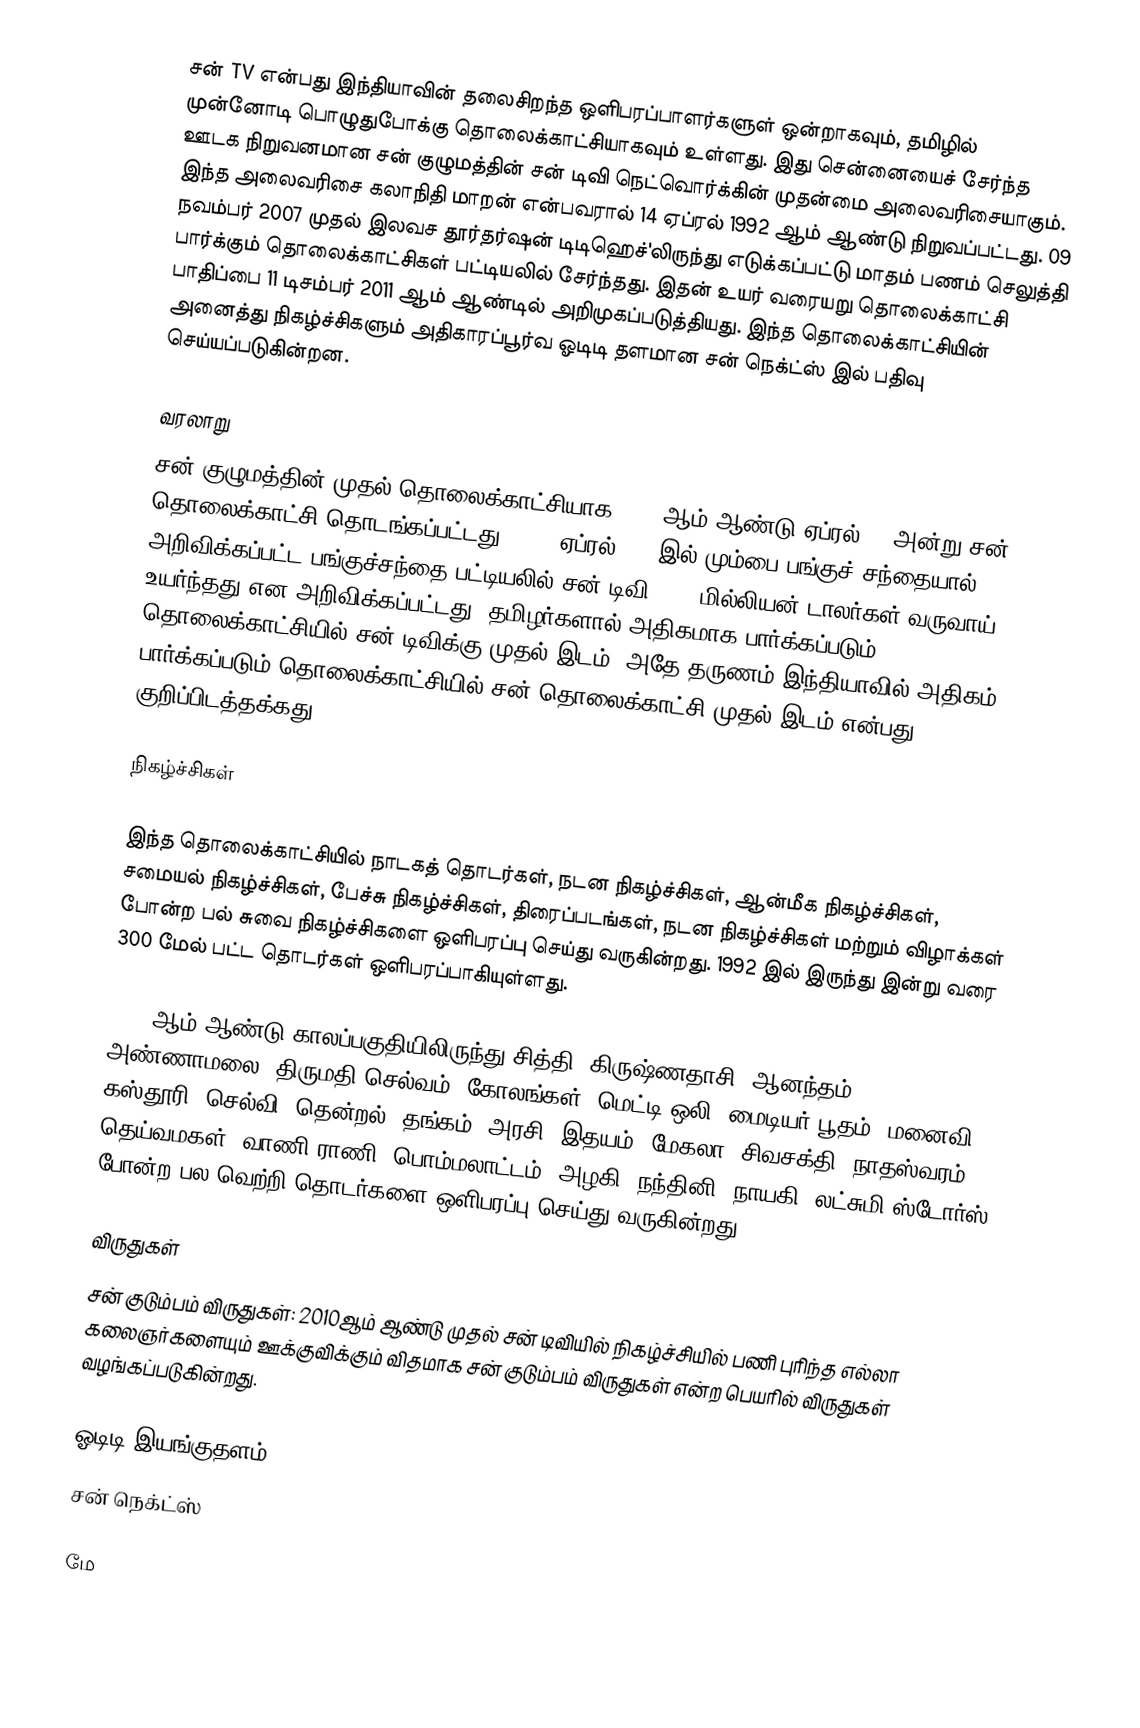
சன் TV என்பது இந்தியாவின் தலைசிறந்த ஒளிபரப்பாளர்களுள் ஒன்றாகவும், தமிழில் முன்னோடி பொழுதுபோக்கு தொலைக்காட்சியாகவும் உள்ளது. இது சென்னையைச் சேர்ந்த ஊடக நிறுவனமான சன் குழுமத்தின் சன் டிவி நெட்வொர்க்கின் முதன்மை அலைவரிசையாகும். இந்த அலைவரிசை கலாநிதி மாறன் என்பவரால் 14 ஏப்ரல் 1992 ஆம் ஆண்டு நிறுவப்பட்டது. 09 நவம்பர் 2007 முதல் இலவச தூர்தர்ஷன் டிடிஹெச்'லிருந்து எடுக்கப்பட்டு மாதம் பணம் செலுத்தி பார்க்கும் தொலைக்காட்சிகள் பட்டியலில் சேர்ந்தது. இதன் உயர் வரையறு தொலைக்காட்சி பாதிப்பை 11 டிசம்பர் 2011 ஆம் ஆண்டில் அறிமுகப்படுத்தியது. இந்த தொலைக்காட்சியின் அனைத்து நிகழ்ச்சிகளும்  அதிகாரப்பூர்வ ஓடிடி தளமான சன் நெக்ட்ஸ் இல் பதிவு செய்யப்படுகின்றன.

வரலாறு
சன் குழுமத்தின் முதல் தொலைக்காட்சியாக 1992 ஆம் ஆண்டு ஏப்ரல் 14 அன்று சன் தொலைக்காட்சி தொடங்கப்பட்டது.  2006 ஏப்ரல் 24, இல் மும்பை பங்குச் சந்தையால் அறிவிக்கப்பட்ட பங்குச்சந்தை பட்டியலில் சன் டிவி  $133 மில்லியன் டாலர்கள் வருவாய் உயர்ந்தது என அறிவிக்கப்பட்டது. தமிழர்களால் அதிகமாக பார்க்கப்படும் தொலைக்காட்சியில் சன் டிவிக்கு முதல் இடம், அதே தருணம் இந்தியாவில் அதிகம் பார்க்கப்படும் தொலைக்காட்சியில் சன் தொலைக்காட்சி முதல் இடம் என்பது குறிப்பிடத்தக்கது.

நிகழ்ச்சிகள்

இந்த தொலைக்காட்சியில் நாடகத் தொடர்கள், நடன நிகழ்ச்சிகள், ஆன்மீக நிகழ்ச்சிகள், சமையல் நிகழ்ச்சிகள், பேச்சு நிகழ்ச்சிகள், திரைப்படங்கள், நடன நிகழ்ச்சிகள் மற்றும் விழாக்கள் போன்ற பல் சுவை நிகழ்ச்சிகளை ஒளிபரப்பு செய்து வருகின்றது. 1992 இல் இருந்து இன்று வரை 300 மேல் பட்ட தொடர்கள் ஒளிபரப்பாகியுள்ளது.

2000 ஆம் ஆண்டு காலப்பகுதியிலிருந்து சித்தி, கிருஷ்ணதாசி, ஆனந்தம், அண்ணாமலை, திருமதி செல்வம், கோலங்கள், மெட்டி ஒலி, மைடியர் பூதம், மனைவி, கஸ்தூரி, செல்வி, தென்றல், தங்கம், அரசி,  இதயம், மேகலா, சிவசக்தி, நாதஸ்வரம், தெய்வமகள், வாணி ராணி, பொம்மலாட்டம், அழகி, நந்தினி, நாயகி, லட்சுமி ஸ்டோர்ஸ் போன்ற பல வெற்றி தொடர்களை ஒளிபரப்பு செய்து வருகின்றது.

விருதுகள்
 சன் குடும்பம் விருதுகள்: 2010ஆம் ஆண்டு முதல் சன் டிவியில் நிகழ்ச்சியில் பணி புரிந்த எல்லா கலைஞர்களையும் ஊக்குவிக்கும் விதமாக சன் குடும்பம் விருதுகள் என்ற பெயரில் விருதுகள் வழங்கப்படுகின்றது.

ஓடிடி இயங்குதளம்
 சன் நெக்ட்ஸ்

மே